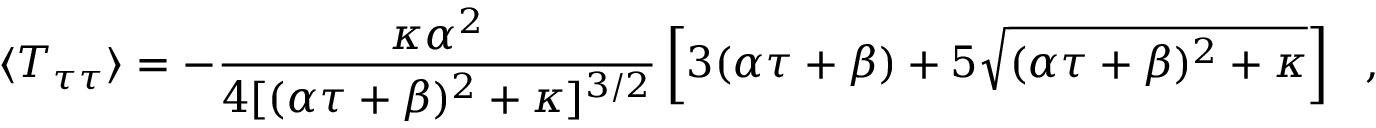
\langle T _ { \tau \tau } \rangle = - { \frac { \kappa \alpha ^ { 2 } } { 4 [ ( \alpha \tau + \beta ) ^ { 2 } + \kappa ] ^ { 3 / 2 } } } \left[ 3 ( \alpha \tau + \beta ) + 5 \sqrt { ( \alpha \tau + \beta ) ^ { 2 } + \kappa } \right] \ \ ,